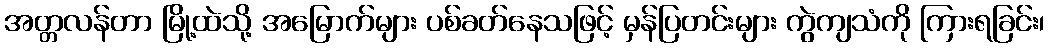
အတ္တလန်တာ မြို့ထဲသို့ အမြောက်များ ပစ်ခတ်နေသဖြင့် မှန်ပြတင်းများ ကွဲကျသံကို ကြားရခြင်း၊